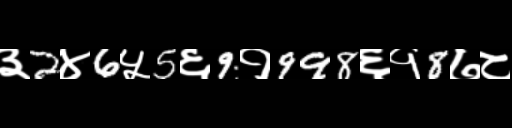
Text: ३2४6५5६9१998६१8७८